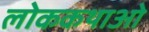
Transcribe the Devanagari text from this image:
लोककथाओ